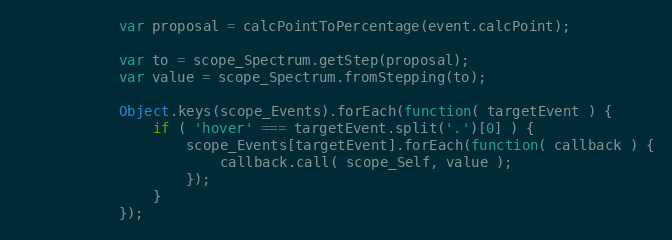
Language: JavaScript
            var proposal = calcPointToPercentage(event.calcPoint);

            var to = scope_Spectrum.getStep(proposal);
            var value = scope_Spectrum.fromStepping(to);

            Object.keys(scope_Events).forEach(function( targetEvent ) {
                if ( 'hover' === targetEvent.split('.')[0] ) {
                    scope_Events[targetEvent].forEach(function( callback ) {
                        callback.call( scope_Self, value );
                    });
                }
            });